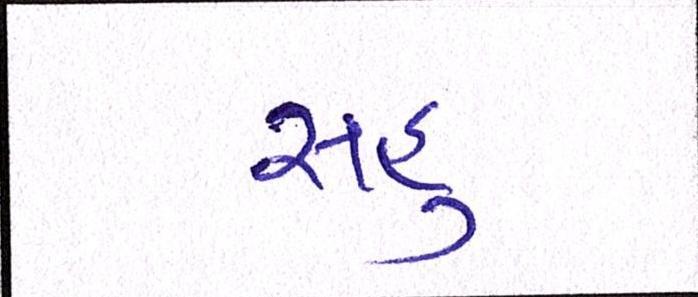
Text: સહુ